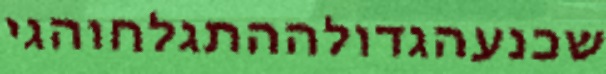
שכנעהגדולההתגלחוהגי